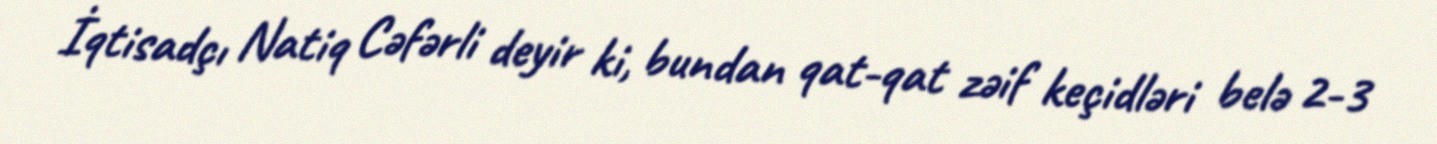
İqtisadçı Natiq Cəfərli deyir ki, bundan qat-qat zəif keçidləri belə 2-3